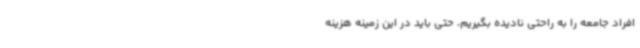
افراد جامعه را به راحتی نادیده بگیریم، حتی باید در این زمینه هزینه